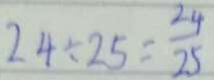
2 4 \div 2 5 = \frac { 2 4 } { 2 5 }